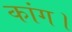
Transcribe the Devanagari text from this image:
कांग।